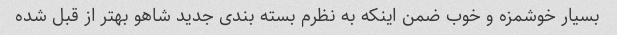
بسیار خوشمزه و خوب ضمن اینکه به نظرم بسته بندی جدید شاهو بهتر از قبل شده